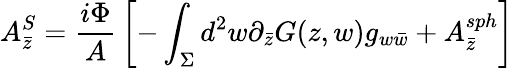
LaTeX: A_{\bar{z}}^{S}={\frac{i\Phi}{A}}\left[-\int_{\Sigma}d^{2}w\partial_{\bar{z}}G(z,w)g_{w\bar{w}}+A_{\bar{z}}^{sph}\right]